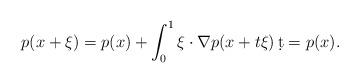
LaTeX: \begin{align*}p(x+\xi) = p(x) + \int_0^1 \xi \cdot \nabla p(x+t\xi)\, \d t = p(x). \end{align*}